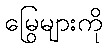
မြွေများကို